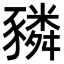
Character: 𧲂